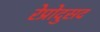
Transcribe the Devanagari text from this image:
रेप्रोदुसद